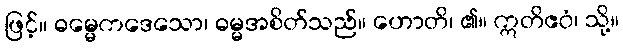
ဖြင့်။ ဓမ္မေကဒေသော၊ ဓမ္မအစိတ်သည်။ ဟောတိ၊ ၏။ ဣတိဧဝံ၊ သို့။